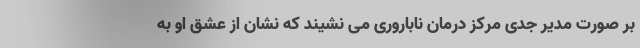
بر صورت مدیر جدی مرکز درمان ناباروری می نشیند که نشان از عشق او به